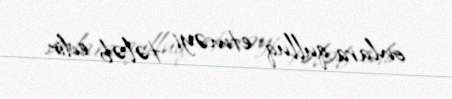
onlara qulluq etməyi tələb edir.